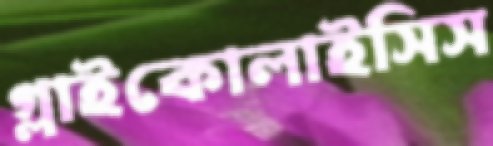
গ্লাইকোলাইসিস